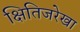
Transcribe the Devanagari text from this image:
क्षितिजरेखा